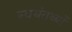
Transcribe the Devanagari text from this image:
स्वयंतथ्यों